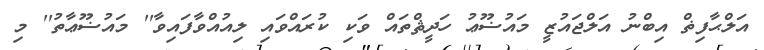
އަލްޙާފިޡް އިބްނު އަލްޖައުޒީ މައުޟޫޢު ހަދީޘްތައް ވަކި ކުރައްވައި ލިއުއްވާފައިވާ'' މައުޟޫޢާތު'' މި